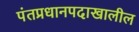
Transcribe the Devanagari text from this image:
पंतप्रधानपदाखालील